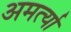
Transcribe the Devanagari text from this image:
अमर्त्या